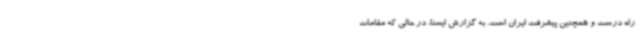
راه درست و همچنین پیشرفت ایران است. به گزارش ایسنا، در حالی که مقامات